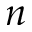
n